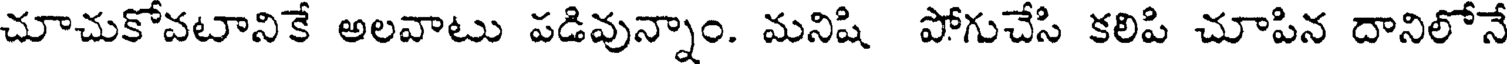
చూచుకోవటానికే అలవాటు పడివున్నాం. మనిషి పోగుచేసి కలిపి చూపిన దానిలోనే